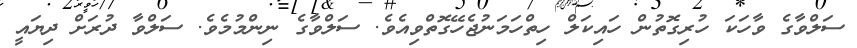
ސަލްވާގެ ވާހަކަ ހުރިގޮތުން ހައިކަލް ހިތްހަމަނުޖެހޭގޮތްވިއެވެ. ސަލްވާގެ ނިންމުމެވެ. ސަލްވާ ދުރަށް ދިޔައީ